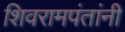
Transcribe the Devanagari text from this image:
शिवरामपंतांनी